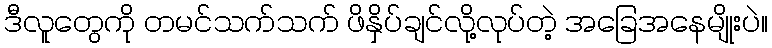
ဒီလူတွေကို တမင်သက်သက် ဖိနှိပ်ချင်လို့လုပ်တဲ့ အခြေအနေမျိုးပဲ။